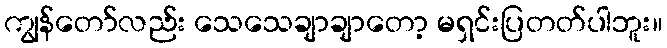
ကျွန်တော်လည်း သေသေချာချာတော့ မရှင်းပြတတ်ပါဘူး။